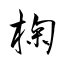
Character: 椈